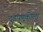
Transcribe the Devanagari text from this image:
दडपणूकीला